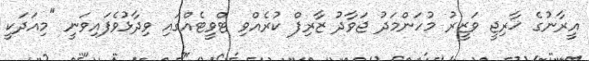
އީރާނުގެ ޚާރިޖީ ވަޒީރު މުހަންމަދު ޖަވާދު ޒާރިފް ކުރެއްވި ޓްވީޓެއްގައި ވިދާޅުވެފައިވަނީ "މިއަދަކީ